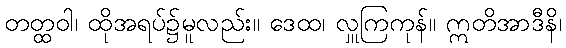
တတ္ထဝါ၊ ထိုအရပ်၌မူလည်း။ ဒေထ၊ လှူကြကုန်။ ဣတိအာဒီနိ၊